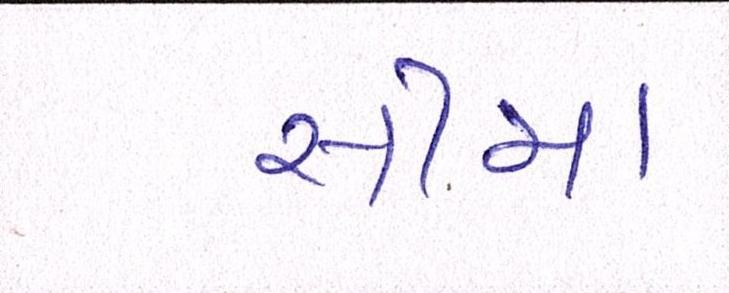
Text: સીમા